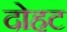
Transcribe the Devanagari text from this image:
दोहट